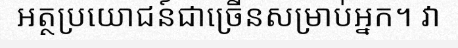
អត្ថប្រយោជន៍ជាច្រើនសម្រាប់អ្នក។ វា